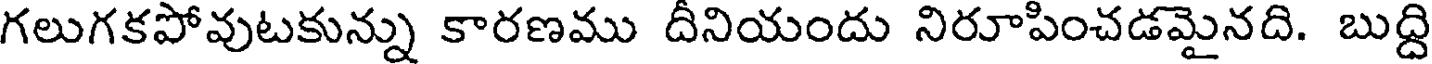
గలుగకపోవుటకున్ను కారణము దీనియందు నిరూపించడమైనది. బుద్ది